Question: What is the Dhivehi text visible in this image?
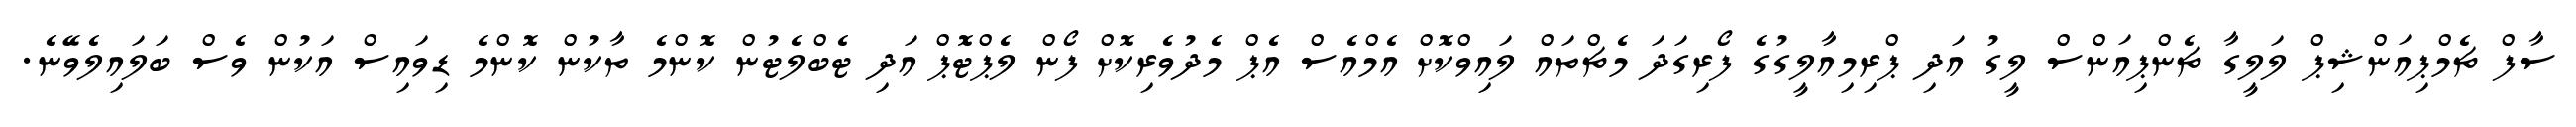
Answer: ސާފް ޗެމްޕިއަންޝިޕް ލަލީގާ ޗެންޕިއަންސް ލީގު އަދި ޕްރިމިއާލީގުގެ ފޯރިގަދަ މެޗްތައް ލައިވްކޮށް އެމްއެސް އެޕް މެދުވެރިކޮށް ފޯން ލެޕްޓޮޕް އަދި ޓެބްލެޓުން ކޮންމެ ތާކުން ކޮންމެ ޑިވައިސް އަކުން ވެސް ބަލައިލެވޭނެ.